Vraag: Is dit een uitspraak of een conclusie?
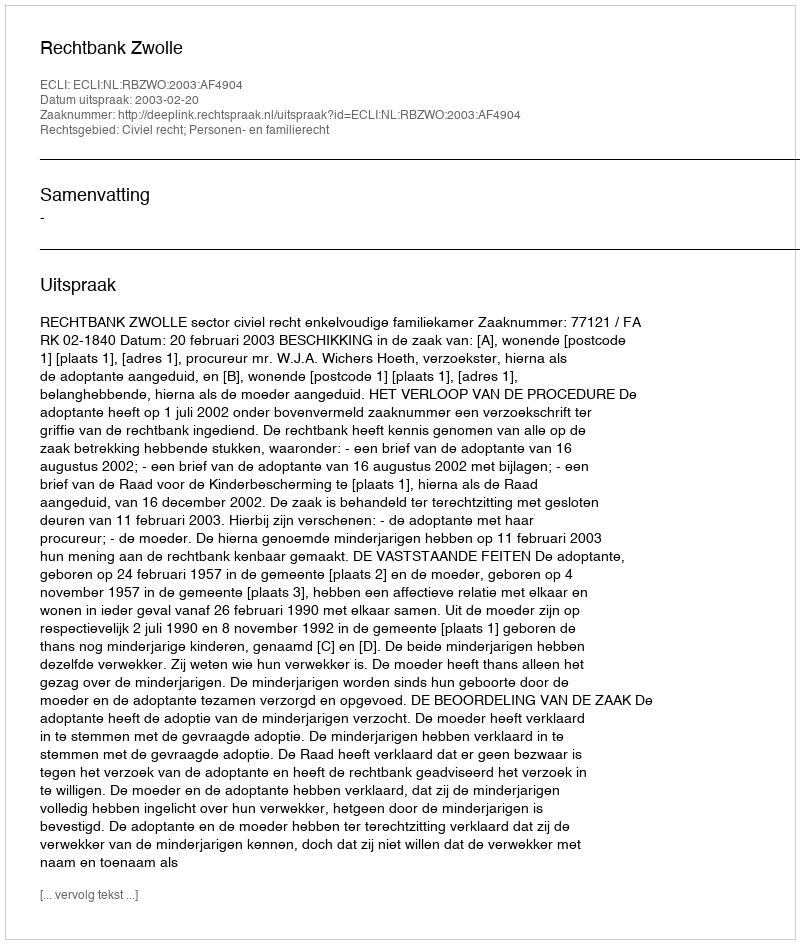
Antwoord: Uitspraak